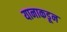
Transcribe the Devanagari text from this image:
यानाकडून